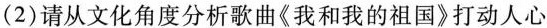
(2)请从文化角度分析歌曲《我和我的祖国》打动人心